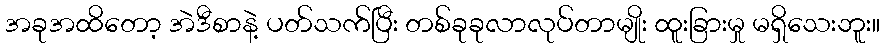
အခုအထိတော့ အဲဒီစာနဲ့ ပတ်သက်ပြီး တစ်ခုခုလာလုပ်တာမျိုး ထူးခြားမှု မရှိသေးဘူး။